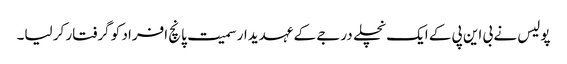
پولیس نے بی این پی کے ایک نچلے درجے کے عہدیدار سمیت پانچ افراد کو گرفتار کر لیا۔